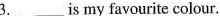
3.___is my favourite colour.